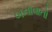
બનાવાતો